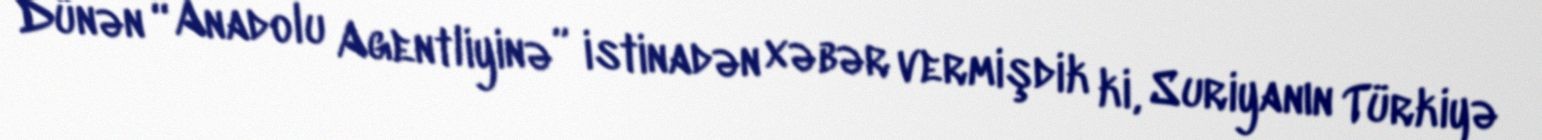
Dünən “Anadolu Agentliyinə” istinadən xəbər vermişdik ki, Suriyanın Türkiyə